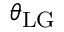
\theta _ { \mathrm { L G } }